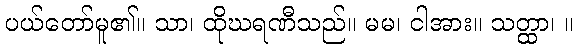
ပယ်တော်မူ၏။ သာ၊ ထိုဃရဏီသည်။ မမ၊ ငါအား။ သတ္ထာ၊ ။